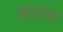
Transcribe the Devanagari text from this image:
हाउटन